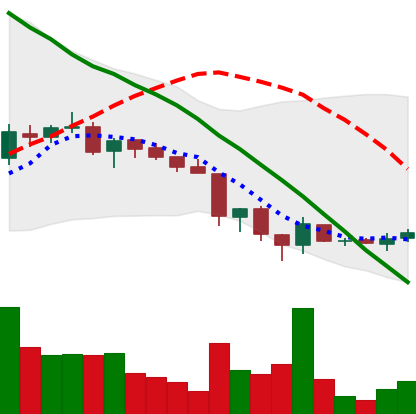
Ticker: ADA-USD
Chart end date: 2018-06-19
Forward return: -20.625%
Label: down_7plus